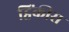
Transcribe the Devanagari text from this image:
ट्विंकीस